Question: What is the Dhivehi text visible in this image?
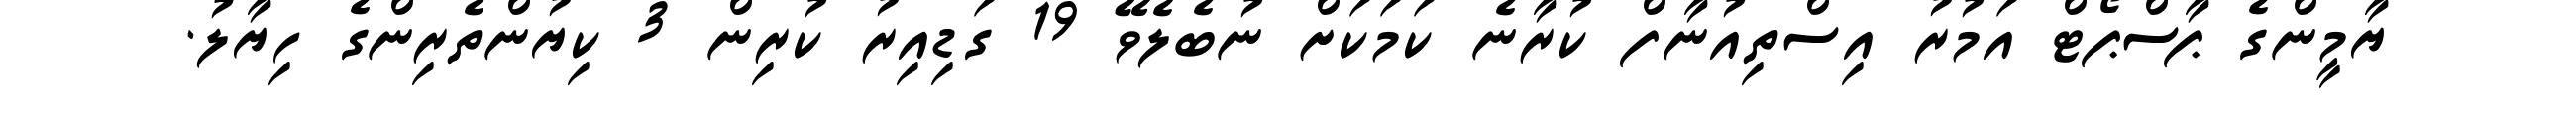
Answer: ޔާމީންގެ ޕާސްޕޯޓް އަމުރު އިސްތިއުނާފް ކުރާނެ ކަމަކަށް ނުބެލެވޭ 19 ގަޑިއިރު ކުރިން 3 ކިޔުންތެރިންގެ ހިޔާލު.